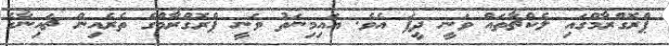
ޕްރޮގްރާމްގައި ލެކްޗާތައް ވަނީ ދީފަ އެވެ. އައިމިނަތު ވަނީ ޕްރޮގްރާމްގެ ތެރެއިން ޗައިނާގެ